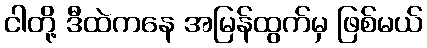
ငါတို့ ဒီထဲကနေ အမြန်ထွက်မှ ဖြစ်မယ်